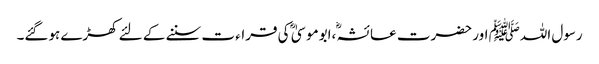
رسول اللہﷺ اور حضرت عائشہؓ ،ابوموسیٰ ؓ کی قراء ت سننے کے لئے کھڑے ہوگئے۔